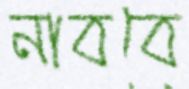
নাববে